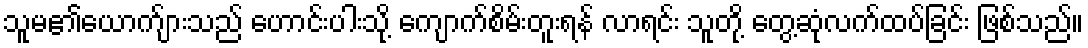
သူမ၏ယောက်ျားသည် ဟောင်းပါးသို့ ကျောက်စိမ်းတူးရန် လာရင်း သူတို့ တွေ့ဆုံလက်ထပ်ခြင်း ဖြစ်သည်။